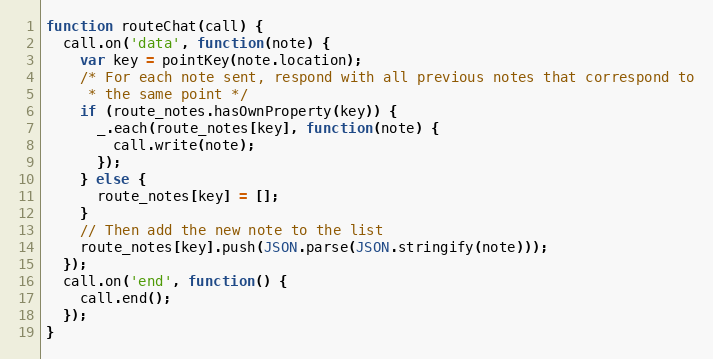
Language: JavaScript
function routeChat(call) {
  call.on('data', function(note) {
    var key = pointKey(note.location);
    /* For each note sent, respond with all previous notes that correspond to
     * the same point */
    if (route_notes.hasOwnProperty(key)) {
      _.each(route_notes[key], function(note) {
        call.write(note);
      });
    } else {
      route_notes[key] = [];
    }
    // Then add the new note to the list
    route_notes[key].push(JSON.parse(JSON.stringify(note)));
  });
  call.on('end', function() {
    call.end();
  });
}